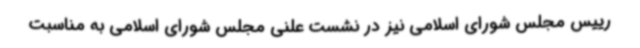
رییس مجلس شورای اسلامی نیز در نشست علنی مجلس شورای اسلامی به مناسبت